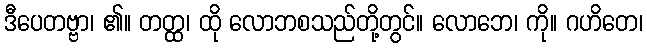
ဒီပေတဗ္ဗာ၊ ၏။ တတ္ထ၊ ထို လောဘစသည်တို့တွင်။ လောဘေ၊ ကို။ ဂဟိတေ၊